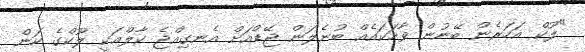
"ލޫކް އަހަރެން ބޭނުން ވާހަކައެއް ބުނެލަން ޖޭޑްއަށް އެނގިއްޖެ ކާލްއަކީ ލޫކްގެ ކަން